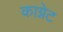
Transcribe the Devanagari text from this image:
काग्नेट